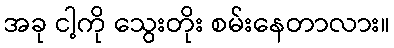
အခု ငါ့ကို သွေးတိုး စမ်းနေတာလား။